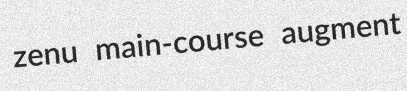
zenu main-course augment